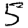
Digit: 5